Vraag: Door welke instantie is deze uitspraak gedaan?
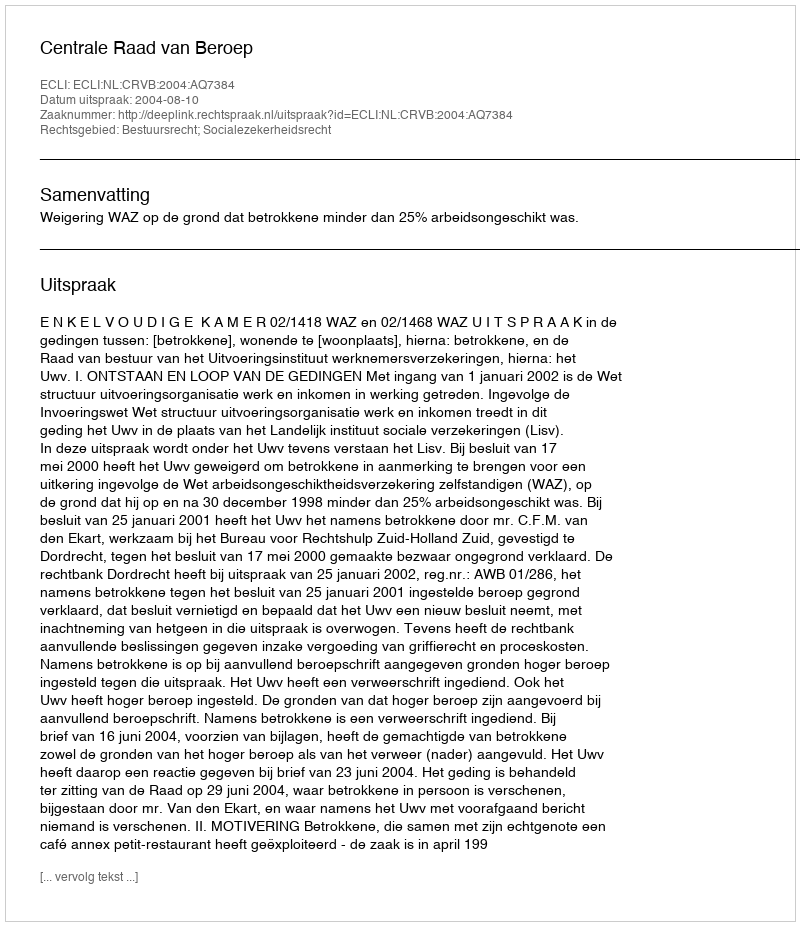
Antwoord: Centrale Raad van Beroep